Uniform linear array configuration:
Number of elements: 24
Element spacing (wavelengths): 0.25
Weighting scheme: binomial
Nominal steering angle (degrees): -15
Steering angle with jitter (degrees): -15.119
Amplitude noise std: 0.05
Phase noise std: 0.05

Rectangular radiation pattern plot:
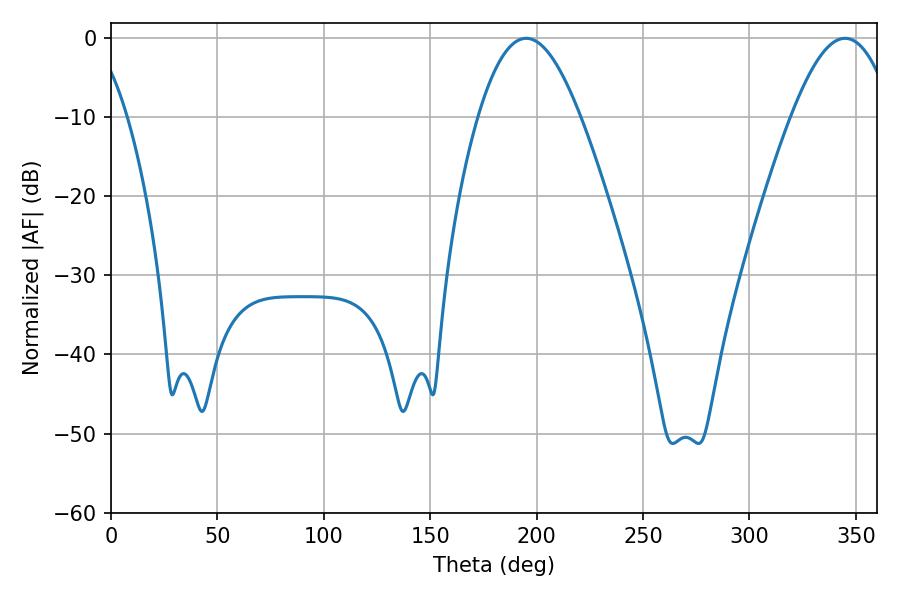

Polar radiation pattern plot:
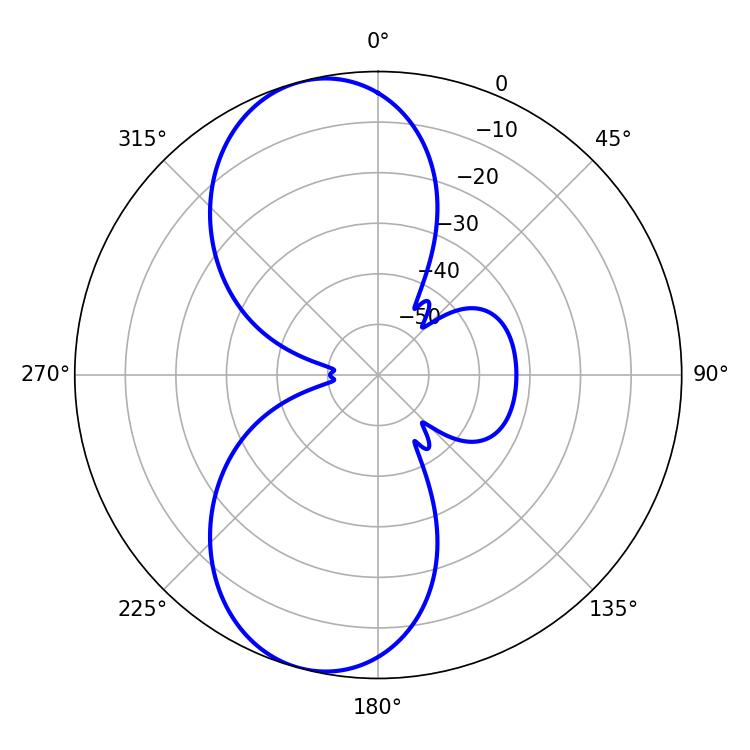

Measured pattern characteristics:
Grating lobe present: FALSE
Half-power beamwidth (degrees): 25.92
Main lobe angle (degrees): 195.12